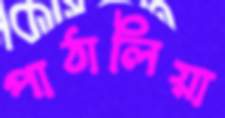
পাঠালিয়া